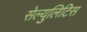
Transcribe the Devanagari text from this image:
सेल्युलिटिस